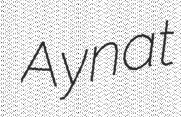
Aynat